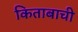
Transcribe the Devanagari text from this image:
किताबाची